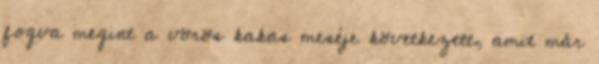
fogva megint a vörös kakas meséje következett, amit már